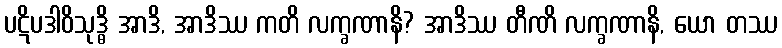
ပဋိပဒါဝိသုဒ္ဓိ အာဒိ, အာဒိဿ ကတိ လက္ခဏာနိ? အာဒိဿ တီဏိ လက္ခဏာနိ, ယော တဿ